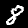
Digit: 8